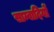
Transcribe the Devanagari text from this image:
साम्वादियों